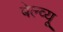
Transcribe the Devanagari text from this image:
बेल्व्यू